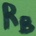
Text: RB